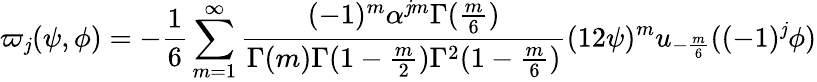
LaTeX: \varpi_{\mathit{j}}(\psi,\phi)=-\frac{{1}}{{6}}\sum_{m=1}^{\infty}\frac{{(-1)^{m}\alpha^{\mathit{j}m}\Gamma(\frac{{m}}{{6}})}}{{\Gamma(m)\Gamma(1-\frac{{m}}{{2}})\Gamma^{2}(1-\frac{{m}}{{6}})}}(12\psi)^{m}u_{-\frac{{m}}{{6}}}((-1)^{\mathit{j}}\phi)